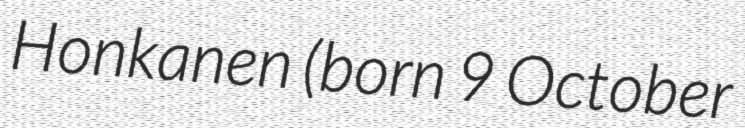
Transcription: Honkanen (born 9 October